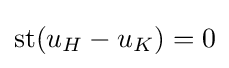
\mathrm {st} (u_{H}-u_{K})=0